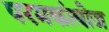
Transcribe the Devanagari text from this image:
परमकांबोज